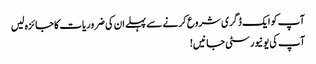
آپ کو ایک ڈگری شروع کرنے سے پہلے ان کی ضروریات کا جائزہ لیں
آپ کی یونیورسٹی جانیں!